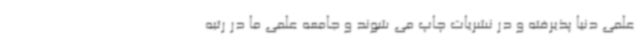
علمی دنیا پذیرفته و در نشریات چاپ می شوند و جامعه علمی ما در رتبه